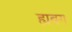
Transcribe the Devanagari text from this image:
ह्यबग